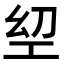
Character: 𢀟